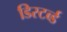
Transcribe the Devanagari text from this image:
डिस्टर्ब्ड